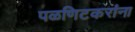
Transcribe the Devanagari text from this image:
पळणिटकरांना